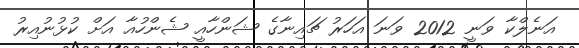
އަނެލްކާ ވަނީ 2012 ވަނަ އަހަރު ޗައިނާގެ ޝަންހާއީ ޝެންހުއާ އަށް ކުޅުނުއިރު